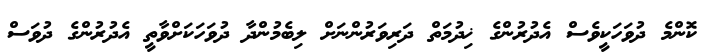
ކޮންމެ ދުވަހަކީވެސް އެދުރުންގެ ޚިދުމަތް ދަރިވަރުންނަށް ލިބެމުންދާ ދުވަހަކަށްވާތީ އެދުރުންގެ ދުވަސް